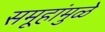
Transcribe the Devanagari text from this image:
समूहांमुळे